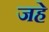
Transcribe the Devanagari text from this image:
जहे